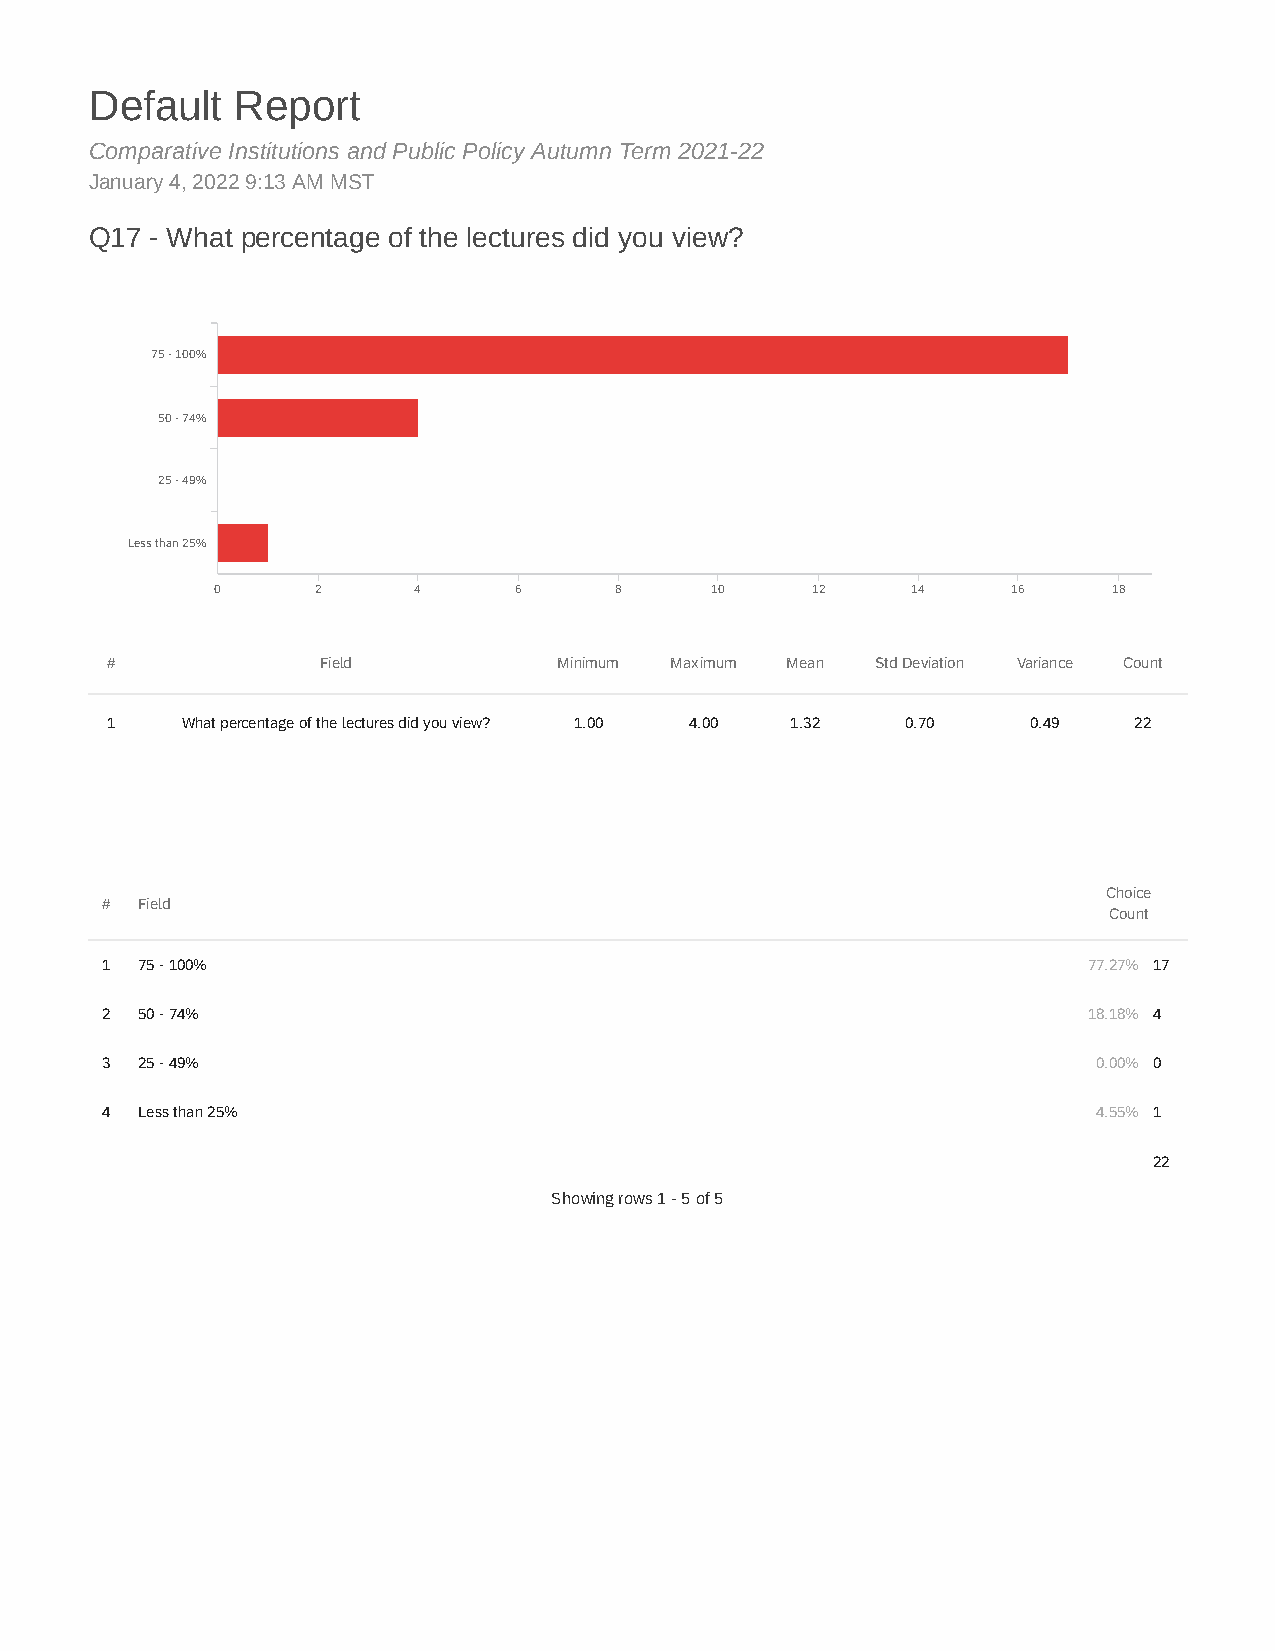
Default   Report
 Comparative Institutions and Public Policy Autumn Term 2021-22
 January 4, 2022 9:13 AM MST
 Q17 - What percentage of the lectures did you view?
 75 - 100%
 50 - 74%
 25 - 49%
 Less than 25%
 0      2     4      6      8     10     12    14     16     18
 #             Field           Minimum Maximum Mean Std Deviation Variance Count
 1    What percentage of the lectures did you view? 1.00 4.00 1.32 0.70 0.49 22
 Choice
 # Field
 Count
 1 75 - 100%                                                      77.27% 17
 2 50 - 74%                                                       18.18% 4
 3 25 - 49%                                                        0.00% 0
 4 Less than 25%                                                   4.55% 1
 22
 Showing rows 1 - 5 of 5